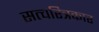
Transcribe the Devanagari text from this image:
सत्चरित्रकार